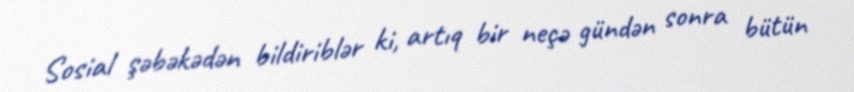
Sosial şəbəkədən bildiriblər ki, artıq bir neçə gündən sonra bütün